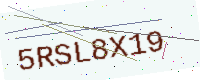
Text: 5RSL8X19